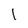
Character: 1